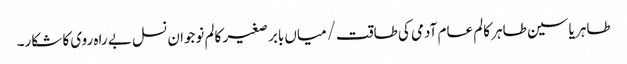
طاہر یاسین طاہر	کالم	عام آدمی کی طاقت/میاں بابر صغیر	کالم	نوجوان نسل بے راہ روی کا شکار۔